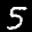
Label: 5